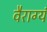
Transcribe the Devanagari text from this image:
वैराग्यं